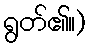
ရွတ်၏။)